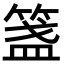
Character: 𥰎